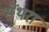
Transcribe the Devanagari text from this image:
सेंथरा